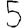
Digit: 5